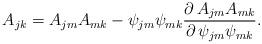
LaTeX: \begin{align*}A_{jk}=A_{jm}A_{mk}-\psi_{jm}\psi_{mk} {\partial\, A_{jm}A_{mk}\over {\partial\, \psi_{jm}\psi_{mk} }}.\end{align*}